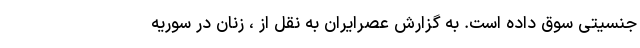
جنسیتی سوق داده است. به گزارش عصرایران به نقل از ، زنان در سوریه